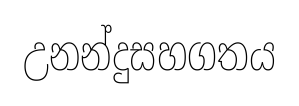
උනන්දුසහගතය